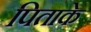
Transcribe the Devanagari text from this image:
पिताके